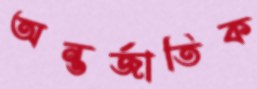
অন্তর্জাতিক